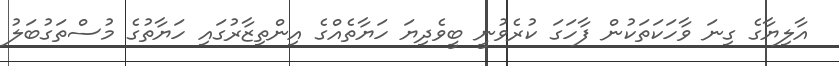
އާލިޔާގެ ގިނަ ވާހަކަތަކުން ފާހަގަ ކުރެވުނީ ބީވެދިޔަ ހަޔާތެއްގެ އިންތިޒާރުގައި ހަޔާތުގެ މުސްތަގުބަލު